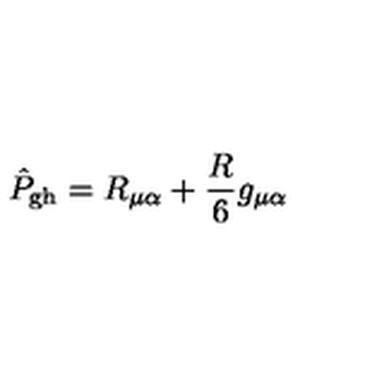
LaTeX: \hat { P } _ { \mathrm { g h } } = R _ { \mu \alpha } + \frac { R } { 6 } g _ { \mu \alpha }